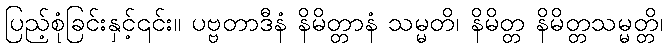
ပြည့်စုံခြင်းနှင့်၎င်း။ ပဗ္ဗတာဒီနံ နိမိတ္တာနံ သမ္မတိ၊ နိမိတ္တ နိမိတ္တသမ္မတ္တိ၊